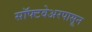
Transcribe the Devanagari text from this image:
सॉफ्टवेअरपासून